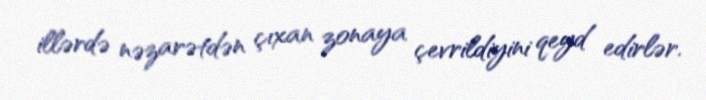
illərdə nəzarətdən çıxan zonaya çevrildiyini qeyd edirlər.